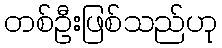
တစ်ဦးဖြစ်သည်ဟု